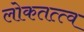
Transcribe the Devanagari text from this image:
लोकतत्त्व